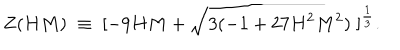
Z ( H M ) \; \equiv \; [ - 9 H M + \sqrt { 3 ( - 1 + 2 7 H ^ { 2 } M ^ { 2 } ) } \; ] ^ { \frac { 1 } { 3 } } .